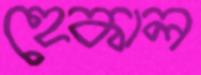
হেকাল